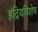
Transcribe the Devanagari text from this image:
इंद्रियविशेष